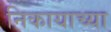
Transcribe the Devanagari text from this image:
निकायाच्या